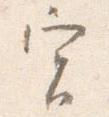
実